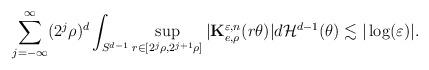
LaTeX: \begin{align*}\sum_{j=-\infty}^{\infty}(2^{j}\rho)^d\int_{S^{d-1}}\sup_{r\in [2^{j}\rho,2^{j+1}\rho]}|\mathbf{K}^{\varepsilon,n}_{e,\rho}(r\theta)|d\mathcal{H}^{d-1}(\theta)\lesssim|\log(\varepsilon)|.\end{align*}